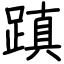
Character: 蹎